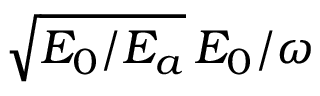
\sqrt { E _ { 0 } / E _ { a } } \, E _ { 0 } / \omega